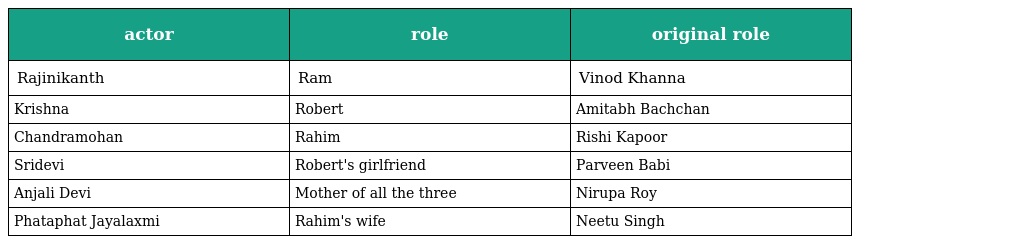
| actor | role | original role |
 | --- | --- | --- |
 | Rajinikanth | Ram | Vinod Khanna |
 | Krishna | Robert | Amitabh Bachchan |
 | Chandramohan | Rahim | Rishi Kapoor |
 | Sridevi | Robert's girlfriend | Parveen Babi |
 | Anjali Devi | Mother of all the three | Nirupa Roy |
 | Phataphat Jayalaxmi | Rahim's wife | Neetu Singh |